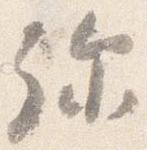
弥